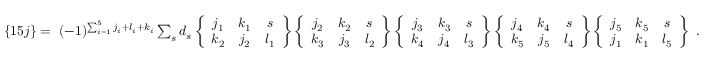
\begin{array} { r } { \{ 1 5 j \} = ~ ( - 1 ) ^ { \sum _ { i = 1 } ^ { 5 } j _ { i } + l _ { i } + k _ { i } } \sum _ { s } d _ { s } \left\{ \begin{array} { c c c } { j _ { 1 } } & { k _ { 1 } } & { s } \\ { k _ { 2 } } & { j _ { 2 } } & { l _ { 1 } } \end{array} \right\} \left\{ \begin{array} { c c c } { j _ { 2 } } & { k _ { 2 } } & { s } \\ { k _ { 3 } } & { j _ { 3 } } & { l _ { 2 } } \end{array} \right\} \left\{ \begin{array} { c c c } { j _ { 3 } } & { k _ { 3 } } & { s } \\ { k _ { 4 } } & { j _ { 4 } } & { l _ { 3 } } \end{array} \right\} \left\{ \begin{array} { c c c } { j _ { 4 } } & { k _ { 4 } } & { s } \\ { k _ { 5 } } & { j _ { 5 } } & { l _ { 4 } } \end{array} \right\} \left\{ \begin{array} { c c c } { j _ { 5 } } & { k _ { 5 } } & { s } \\ { j _ { 1 } } & { k _ { 1 } } & { l _ { 5 } } \end{array} \right\} \ . } \end{array}